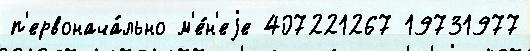
п'ервонача́льно м'е́н'еjе 407221267 19731977